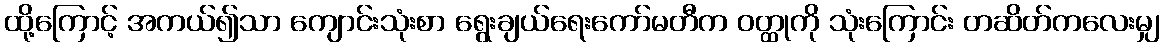
ထို့ကြောင့် အကယ်၍သာ ကျောင်းသုံးစာ ရွေးချယ်ရေးကော်မတီက ဝတ္ထုကို သုံးကြောင်း တဆိတ်ကလေးမျှ